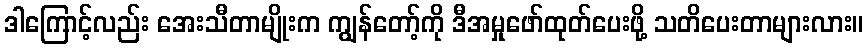
ဒါကြောင့်လည်း အေးသီတာမျိုးက ကျွန်တော့်ကို ဒီအမှုဖော်ထုတ်ပေးဖို့ သတိပေးတာများလား။